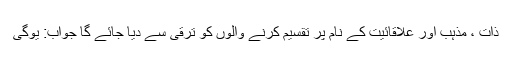
ذات ، مذہب اور علاقائیت کے نام پر تقسیم کرنے والوں کو ترقی سے دیا جائے گا جواب: یوگی